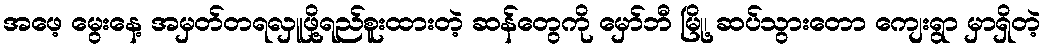
အဖေ့ မွေးနေ့ အမှတ်တရလှူဖို့ရည်စူးထားတဲ့ ဆန်တွေကို မှော်ဘီ မြို့၊ ဆပ်သွားတော ကျေးရွာ မှာရှိတဲ့